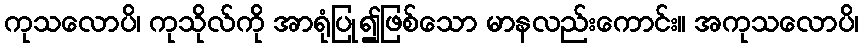
ကုသလောပိ၊ ကုသိုလ်ကို အာရုံပြု၍ဖြစ်သော မာနလည်းကောင်း။ အကုသလောပိ၊